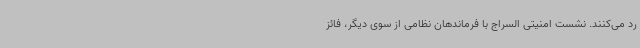
رد می‌کنند. نشست امنیتی السراج با فرماندهان نظامی از سوی دیگر، فائز